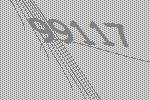
99117